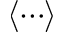
\langle \cdots \rangle